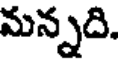
మన్నది.